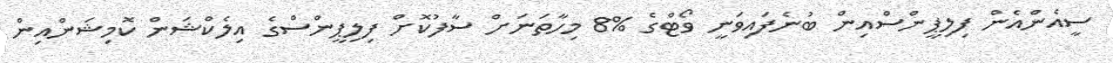
ސީއެންއެން ފިލިޕީންސްއިން ބުނެފައިވަނީ ވޯޓްގެ %8 މިހާތަނަށް ސާފުކޮށް ފިލިޕީންސްގެ އިލެކްޝަން ކޮމިޝަންއިން